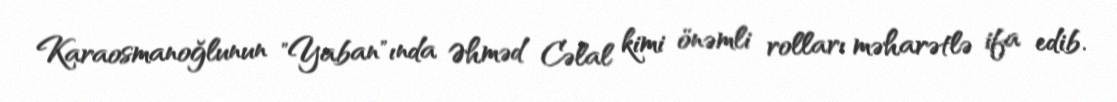
Karaosmanoğlunun "Yaban"ında Əhməd Cəlal kimi önəmli rolları məharətlə ifa edib.